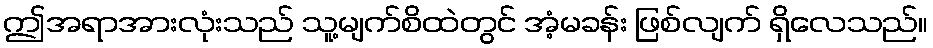
ဤအရာအားလုံးသည် သူ့မျက်စိထဲတွင် အံ့မခန်း ဖြစ်လျက် ရှိလေသည်။